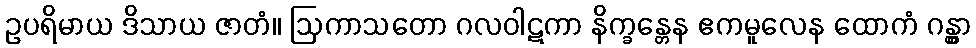
ဥပရိမာယ ဒိသာယ ဇာတံ။ ဩကာသတော ဂလဝါဋကာ နိက္ခန္တေန ဧကမူလေန ထောကံ ဂန္တွာ